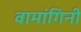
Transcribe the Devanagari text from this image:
वामांगिनी